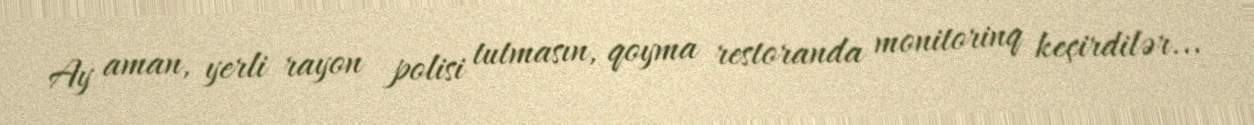
Ay aman, yerli rayon polisi tutmasın, qoyma restoranda monitorinq keçirdilər...